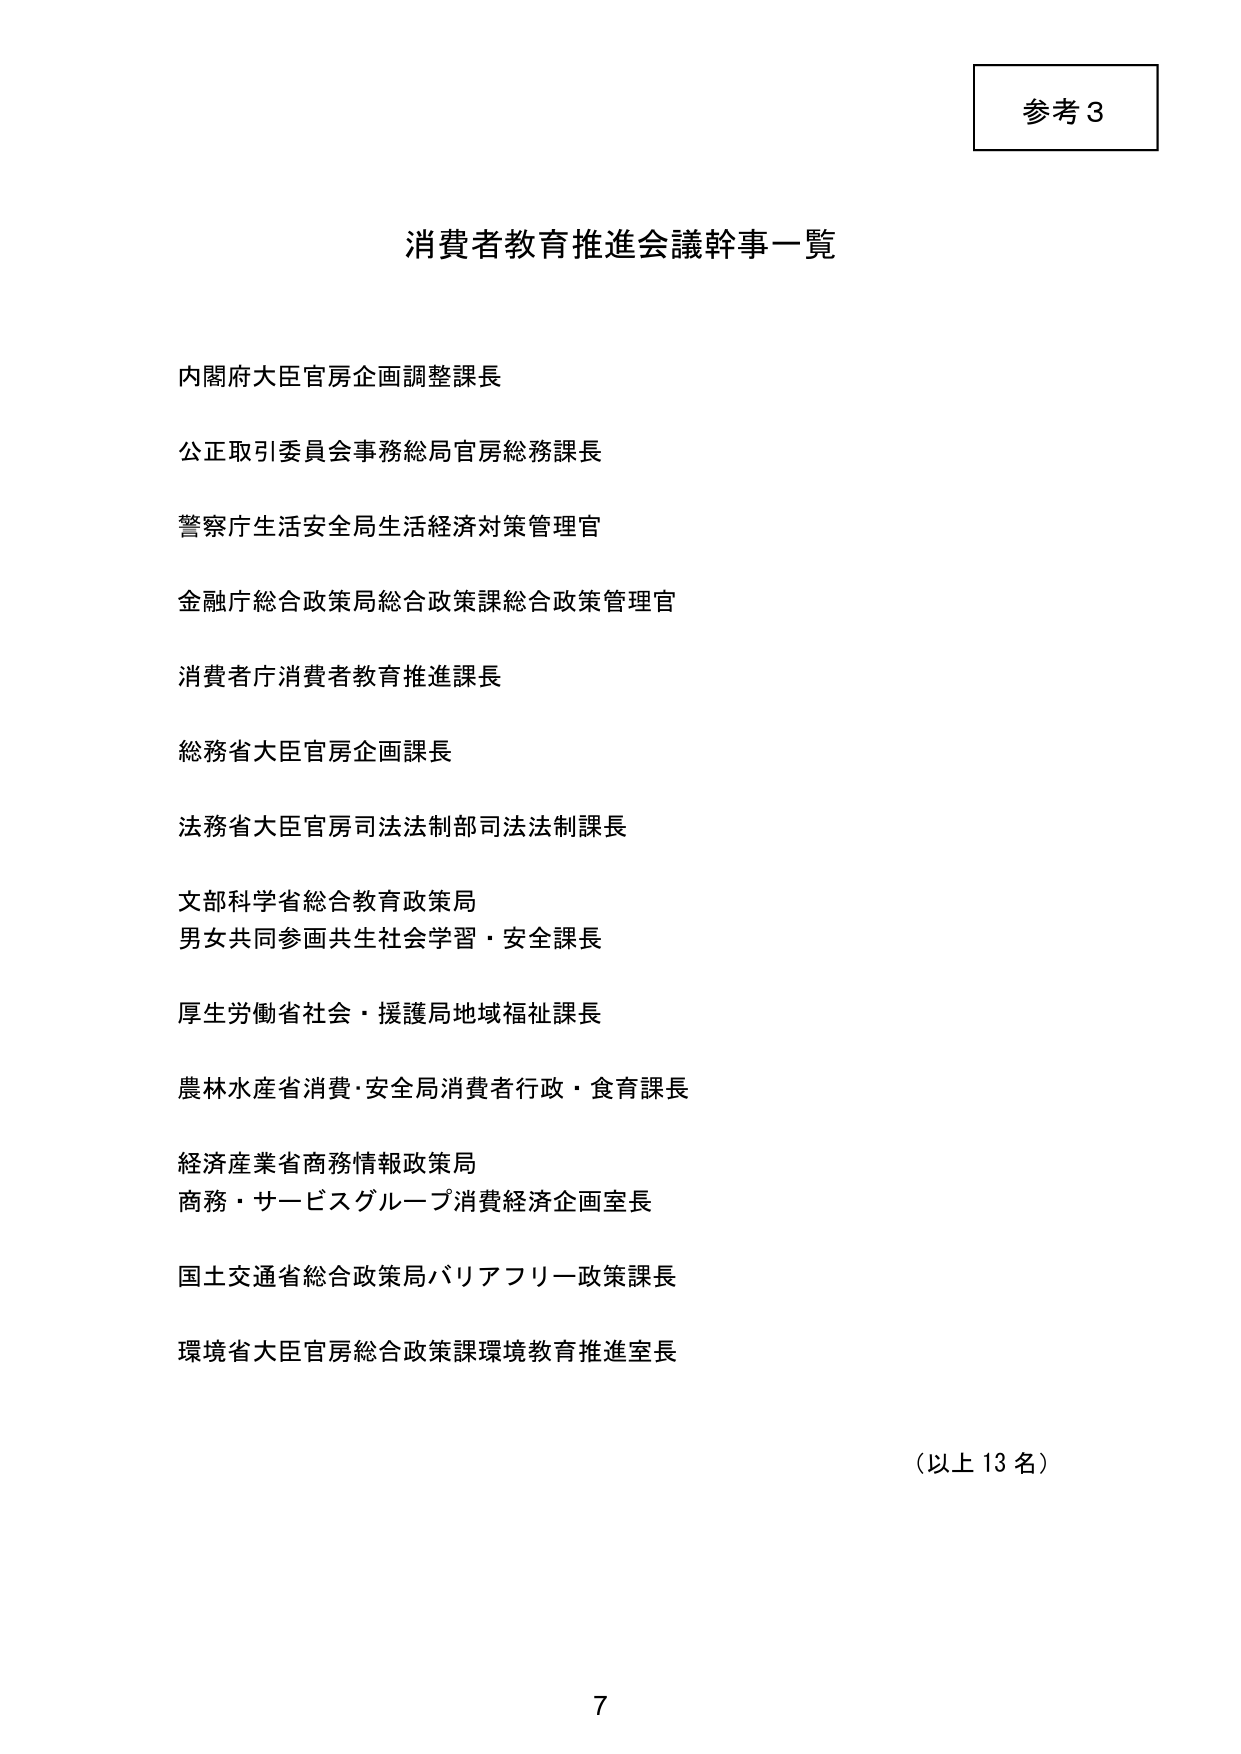
参考3

消費者教育推進会議幹事一覧

内閣府大臣官房企画調整課長
公正取引委員会事務総局官房総務課長
警察庁生活安全局生活経済対策管理官
金融庁総合政策局総合政策課総合政策管理官
消費者庁消費者教育推進課長
総務省大臣官房企画課長
法務省大臣官房司法法制部司法法制課長
文部科学省総合教育政策局
男女共同参画共生社会学習・安全課長
厚生労働省社会・援護局地域福祉課長
農林水産省消費・安全局消費者行政・食育課長
経済産業省商務情報政策局
商務・サービスグループ消費経済企画室長
国土交通省総合政策局バリアフリー政策課長
環境省大臣官房総合政策課環境教育推進室長

（以上13名）

7